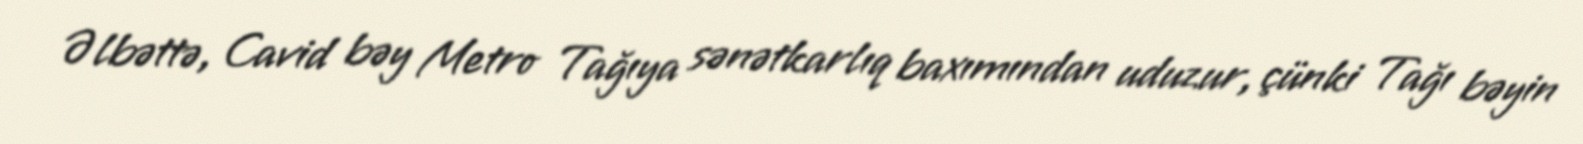
Əlbəttə, Cavid bəy Metro Tağıya sənətkarlıq baxımından uduzur, çünki Tağı bəyin